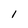
Character: 1